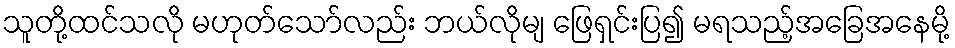
သူတို့ထင်သလို မဟုတ်သော်လည်း ဘယ်လိုမျ ဖြေရှင်းပြ၍ မရသည့်အခြေအနေမို့